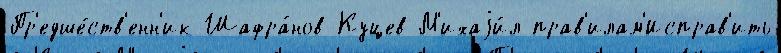
Пр'едше́ств'енн'ик Шафра́нов-Куцев М'ихаjи́л прав'илам'Исправ'ить